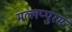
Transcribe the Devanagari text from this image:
मल्लप्पुरम